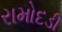
રામોદડી